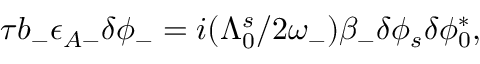
\begin{array} { r } { \tau b _ { - } \epsilon _ { A - } \delta \phi _ { - } = i ( \Lambda _ { 0 } ^ { s } / 2 \omega _ { - } ) \beta _ { - } \delta \phi _ { s } \delta \phi _ { 0 } ^ { * } , } \end{array}